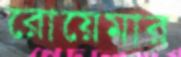
রোয়েমার